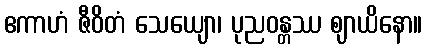
ဧကာဟံ ဇီဝိတံ သေယျော၊ ပုညဝန္တဿ ဈာယိနော။